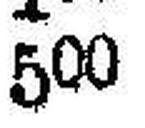
500